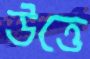
উত্তে